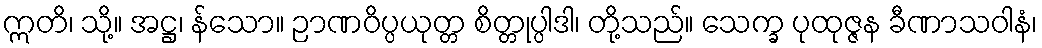
ဣတိ၊ သို့။ အဋ္ဌ၊ န်သော။ ဉာဏဝိပ္ပယုတ္တ စိတ္တုပ္ပါဒါ၊ တို့သည်။ သေက္ခ ပုထုဇ္ဇန ခီဏာသဝါနံ၊